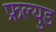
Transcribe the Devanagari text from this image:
फ्रल्युड